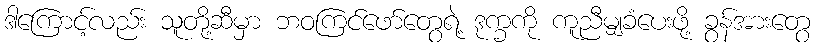
ဒါကြောင့်လည်း သူတို့ဆီမှာ ဘဝကြင်ဖော်တွေရဲ့ ဒုက္ခကို ကူညီမျှခံပေးဖို့ ခွန်အားတွေ